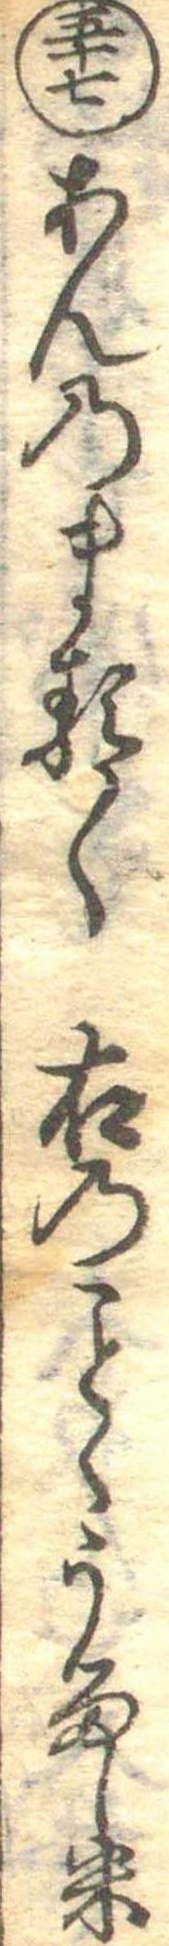
五十七あんのまる〱右のくうるし米